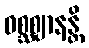
ဝစ္ဆဈာနန္တိ